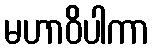
မဟာဝိပါကာ